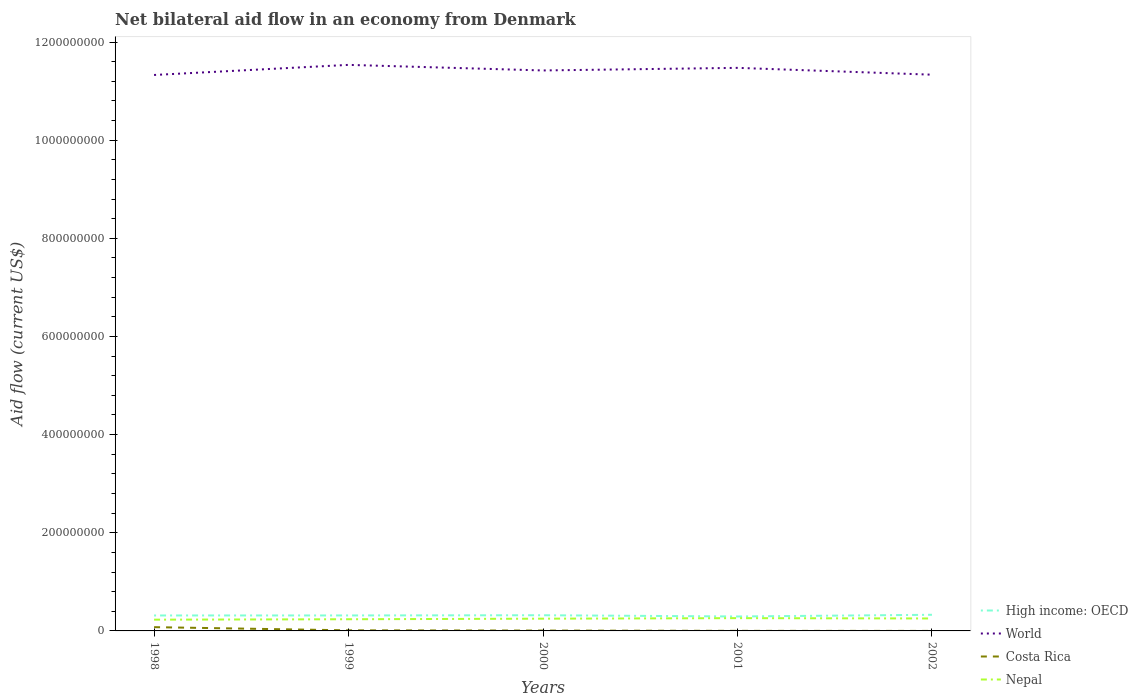
| Years | High income: OECD | World | Costa Rica | Nepal |
 | --- | --- | --- | --- | --- |
 | 1998 | 3.15e+07 | 1.13e+09 | 7.68e+06 | 2.29e+07 |
 | 1999 | 3.15e+07 | 1.15e+09 | 1.19e+06 | 2.38e+07 |
 | 2000 | 3.2e+07 | 1.14e+09 | 7.2e+05 | 2.5e+07 |
 | 2001 | 2.94e+07 | 1.15e+09 | 1.5e+05 | 2.60e+07 |
 | 2002 | 3.29e+07 | 1.13e+09 | 3e+04 | 2.54e+07 |